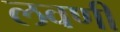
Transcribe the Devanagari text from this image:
लवणी